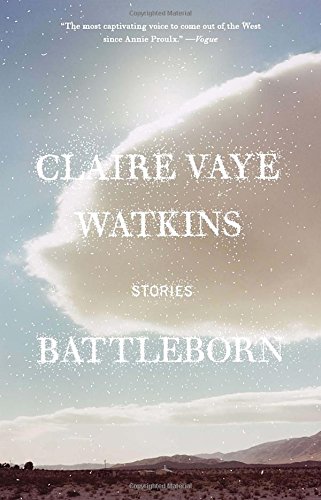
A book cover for Battleborn: Stories; Claire Vaye Watkins; Literature & Fiction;